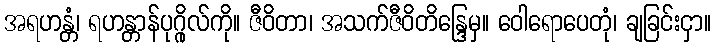
အရဟန္တံ၊ ရဟန္တာန်ပုဂ္ဂိုလ်ကို။ ဇီဝိတာ၊ အသက်ဇီဝိတိန္ဒြေမှ။ ဝေါရောပေတုံ၊ ချခြင်းငှာ။